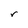
Character: r